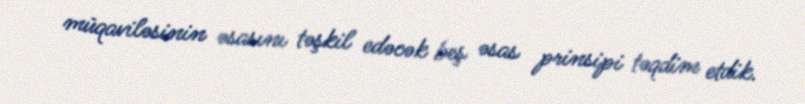
müqaviləsinin əsasını təşkil edəcək beş əsas prinsipi təqdim etdik.